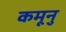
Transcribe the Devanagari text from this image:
कमूनु